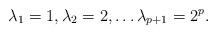
LaTeX: \begin{align*}\lambda_{1} = 1, \lambda_{2} = 2, \ldots \lambda_{p+1} = 2^{p} .\end{align*}